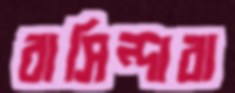
বাসিন্দারা